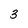
Character: 3